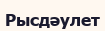
Рысдәулет